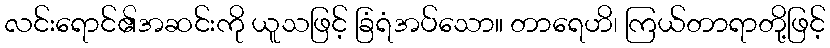
လင်းရောင်၏အဆင်းကို ယူသဖြင့် ခြံရံအပ်သော။ တာရေဟိ၊ ကြယ်တာရာတို့ဖြင့်